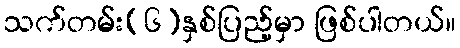
သက်တမ်း(၆)နှစ်ပြည့်မှာ ဖြစ်ပါတယ်။